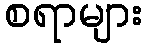
စရာများ